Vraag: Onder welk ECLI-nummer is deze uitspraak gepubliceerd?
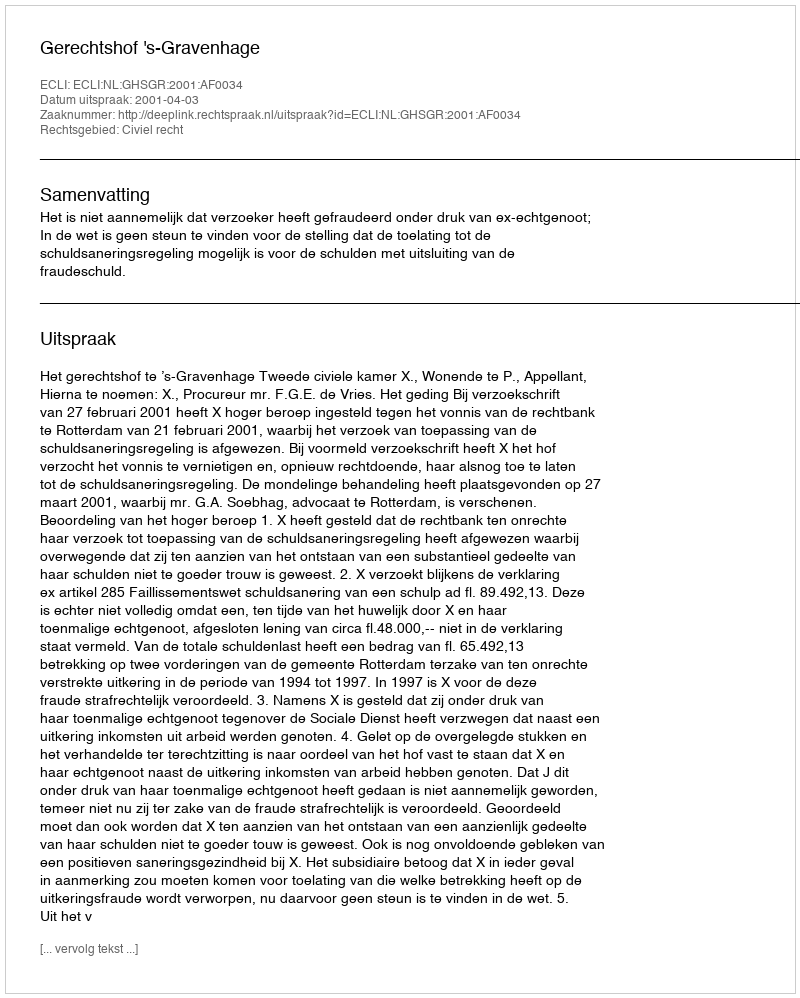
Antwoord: ECLI:NL:GHSGR:2001:AF0034